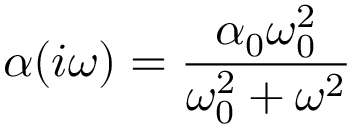
\alpha ( i \omega ) = \frac { \alpha _ { 0 } \omega _ { 0 } ^ { 2 } } { \omega _ { 0 } ^ { 2 } + \omega ^ { 2 } }